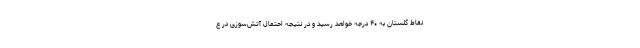
نقاط گلستان به ۴۰ درجه خواهد رسید و در نتیجه احتمال آتش‌سوزی در ع